Document type: Endowment
Year: 1330
Scribe: Arnau [Delpàs]
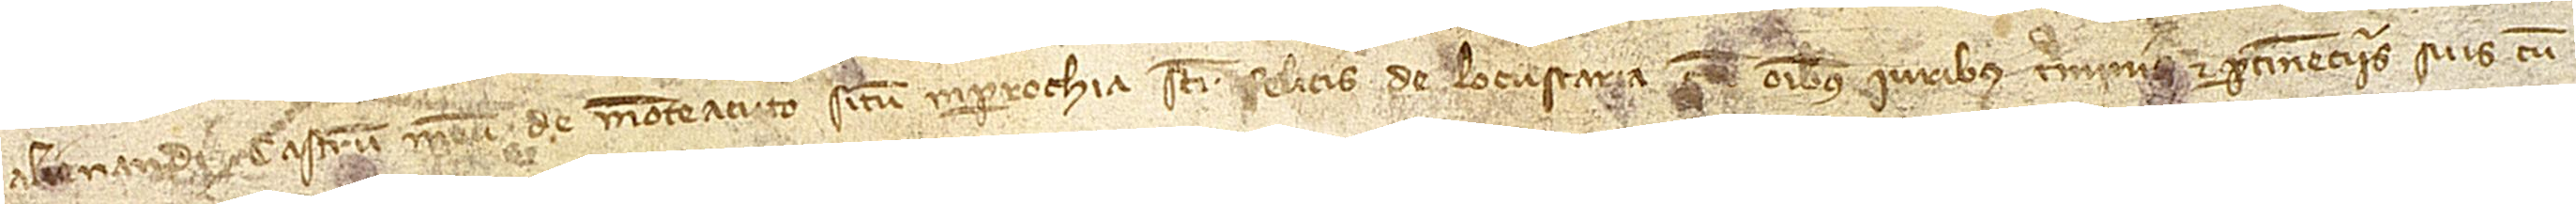
alienandi castrum meum de Monteacuto, situm in parrochia Sancti Felicis de Locustaria, cum omnibus iuribus, terminis et pertinenciis suis, cum